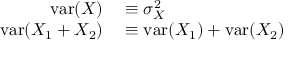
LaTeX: \begin{array} { r l } { \operatorname { v a r } ( X ) } & { { } \equiv \sigma _ { X } ^ { 2 } } \\ { \operatorname { v a r } ( X _ { 1 } + X _ { 2 } ) } & { { } \equiv \operatorname { v a r } ( X _ { 1 } ) + \operatorname { v a r } ( X _ { 2 } ) } \end{array}